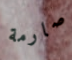
صارمة